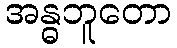
အန္ဓဘူတော